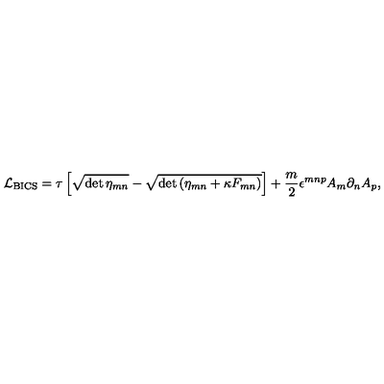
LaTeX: { \cal L } _ { \mathrm { B I C S } } = \tau \left[ \sqrt { \det \eta _ { m n } } - \sqrt { \det \left( \eta _ { m n } + \kappa F _ { m n } \right) } \right] + \frac { m } { 2 } \epsilon ^ { m n p } A _ { m } \partial _ { n } A _ { p } ,